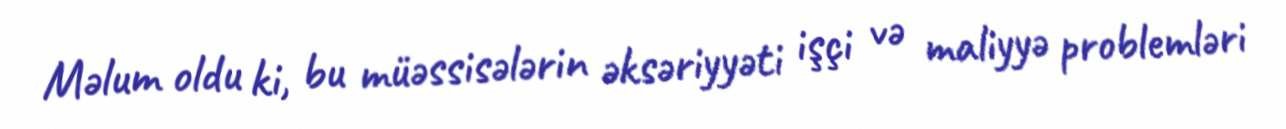
Məlum oldu ki, bu müəssisələrin əksəriyyəti işçi və maliyyə problemləri